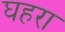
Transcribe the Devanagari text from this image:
घहरा